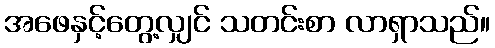
အဖေနှင့်တွေ့လျှင် သတင်းစာ လာရှာသည်။